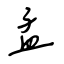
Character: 孟